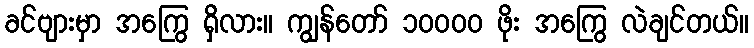
ခင်ဗျားမှာ အကြွေ ရှိလား။ ကျွန်တော် ၁၀၀၀၀ ဖိုး အကြွေ လဲချင်တယ်။